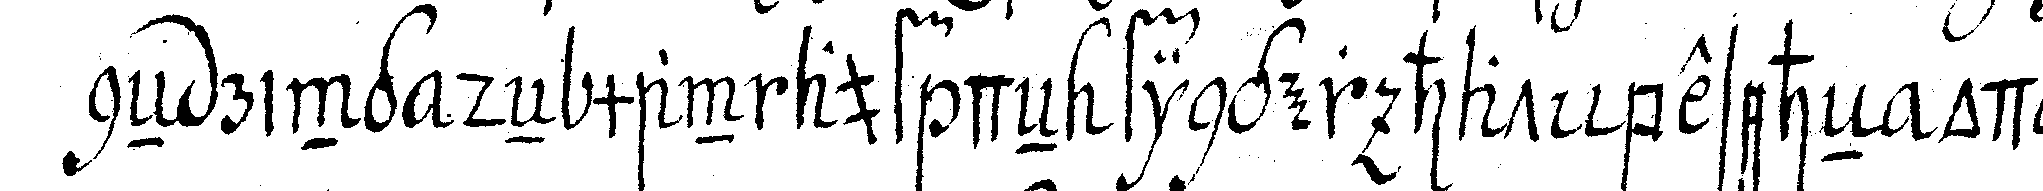
neN ring deN man auf deN finger hat beseheN oder